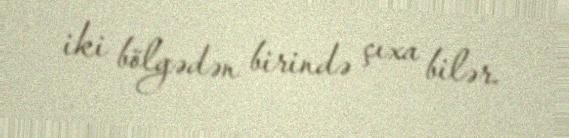
iki bölgədən birində çıxa bilər.